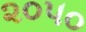
૨૦૫૦